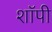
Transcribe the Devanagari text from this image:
शाॅपी